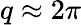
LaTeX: q\approx 2\pi